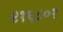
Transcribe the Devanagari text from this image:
४१६८०१